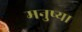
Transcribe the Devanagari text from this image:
मनुष्या